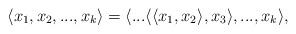
LaTeX: \begin{align*}\langle x_1,x_2,...,x_k\rangle = \langle ...\langle \langle x_1, x_2\rangle, x_3 \rangle ,..., x_k \rangle,\end{align*}